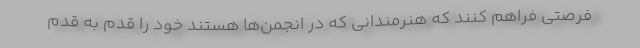
فرصتی فراهم کنند که هنرمندانی که در انجمن‌ها هستند خود را قدم به قدم